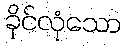
ခိုင်လုံသော